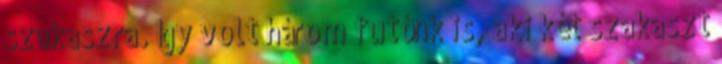
szakaszra. Így volt három futónk is, aki két szakaszt